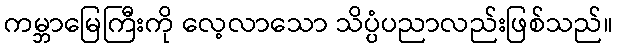
ကမ္ဘာမြေကြီးကို လေ့လာသော သိပ္ပံပညာလည်းဖြစ်သည်။